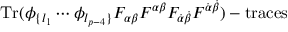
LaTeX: \mathrm { T r } ( \phi _ { \{ l _ { 1 } } \cdots \phi _ { l _ { p - 4 } \} } F _ { \alpha \beta } F ^ { \alpha \beta } F _ { \dot { \alpha } \dot { \beta } } F ^ { \dot { \alpha } \dot { \beta } } ) - \mathrm { t r a c e s }